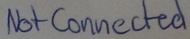
Text: Not Connected